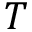
T